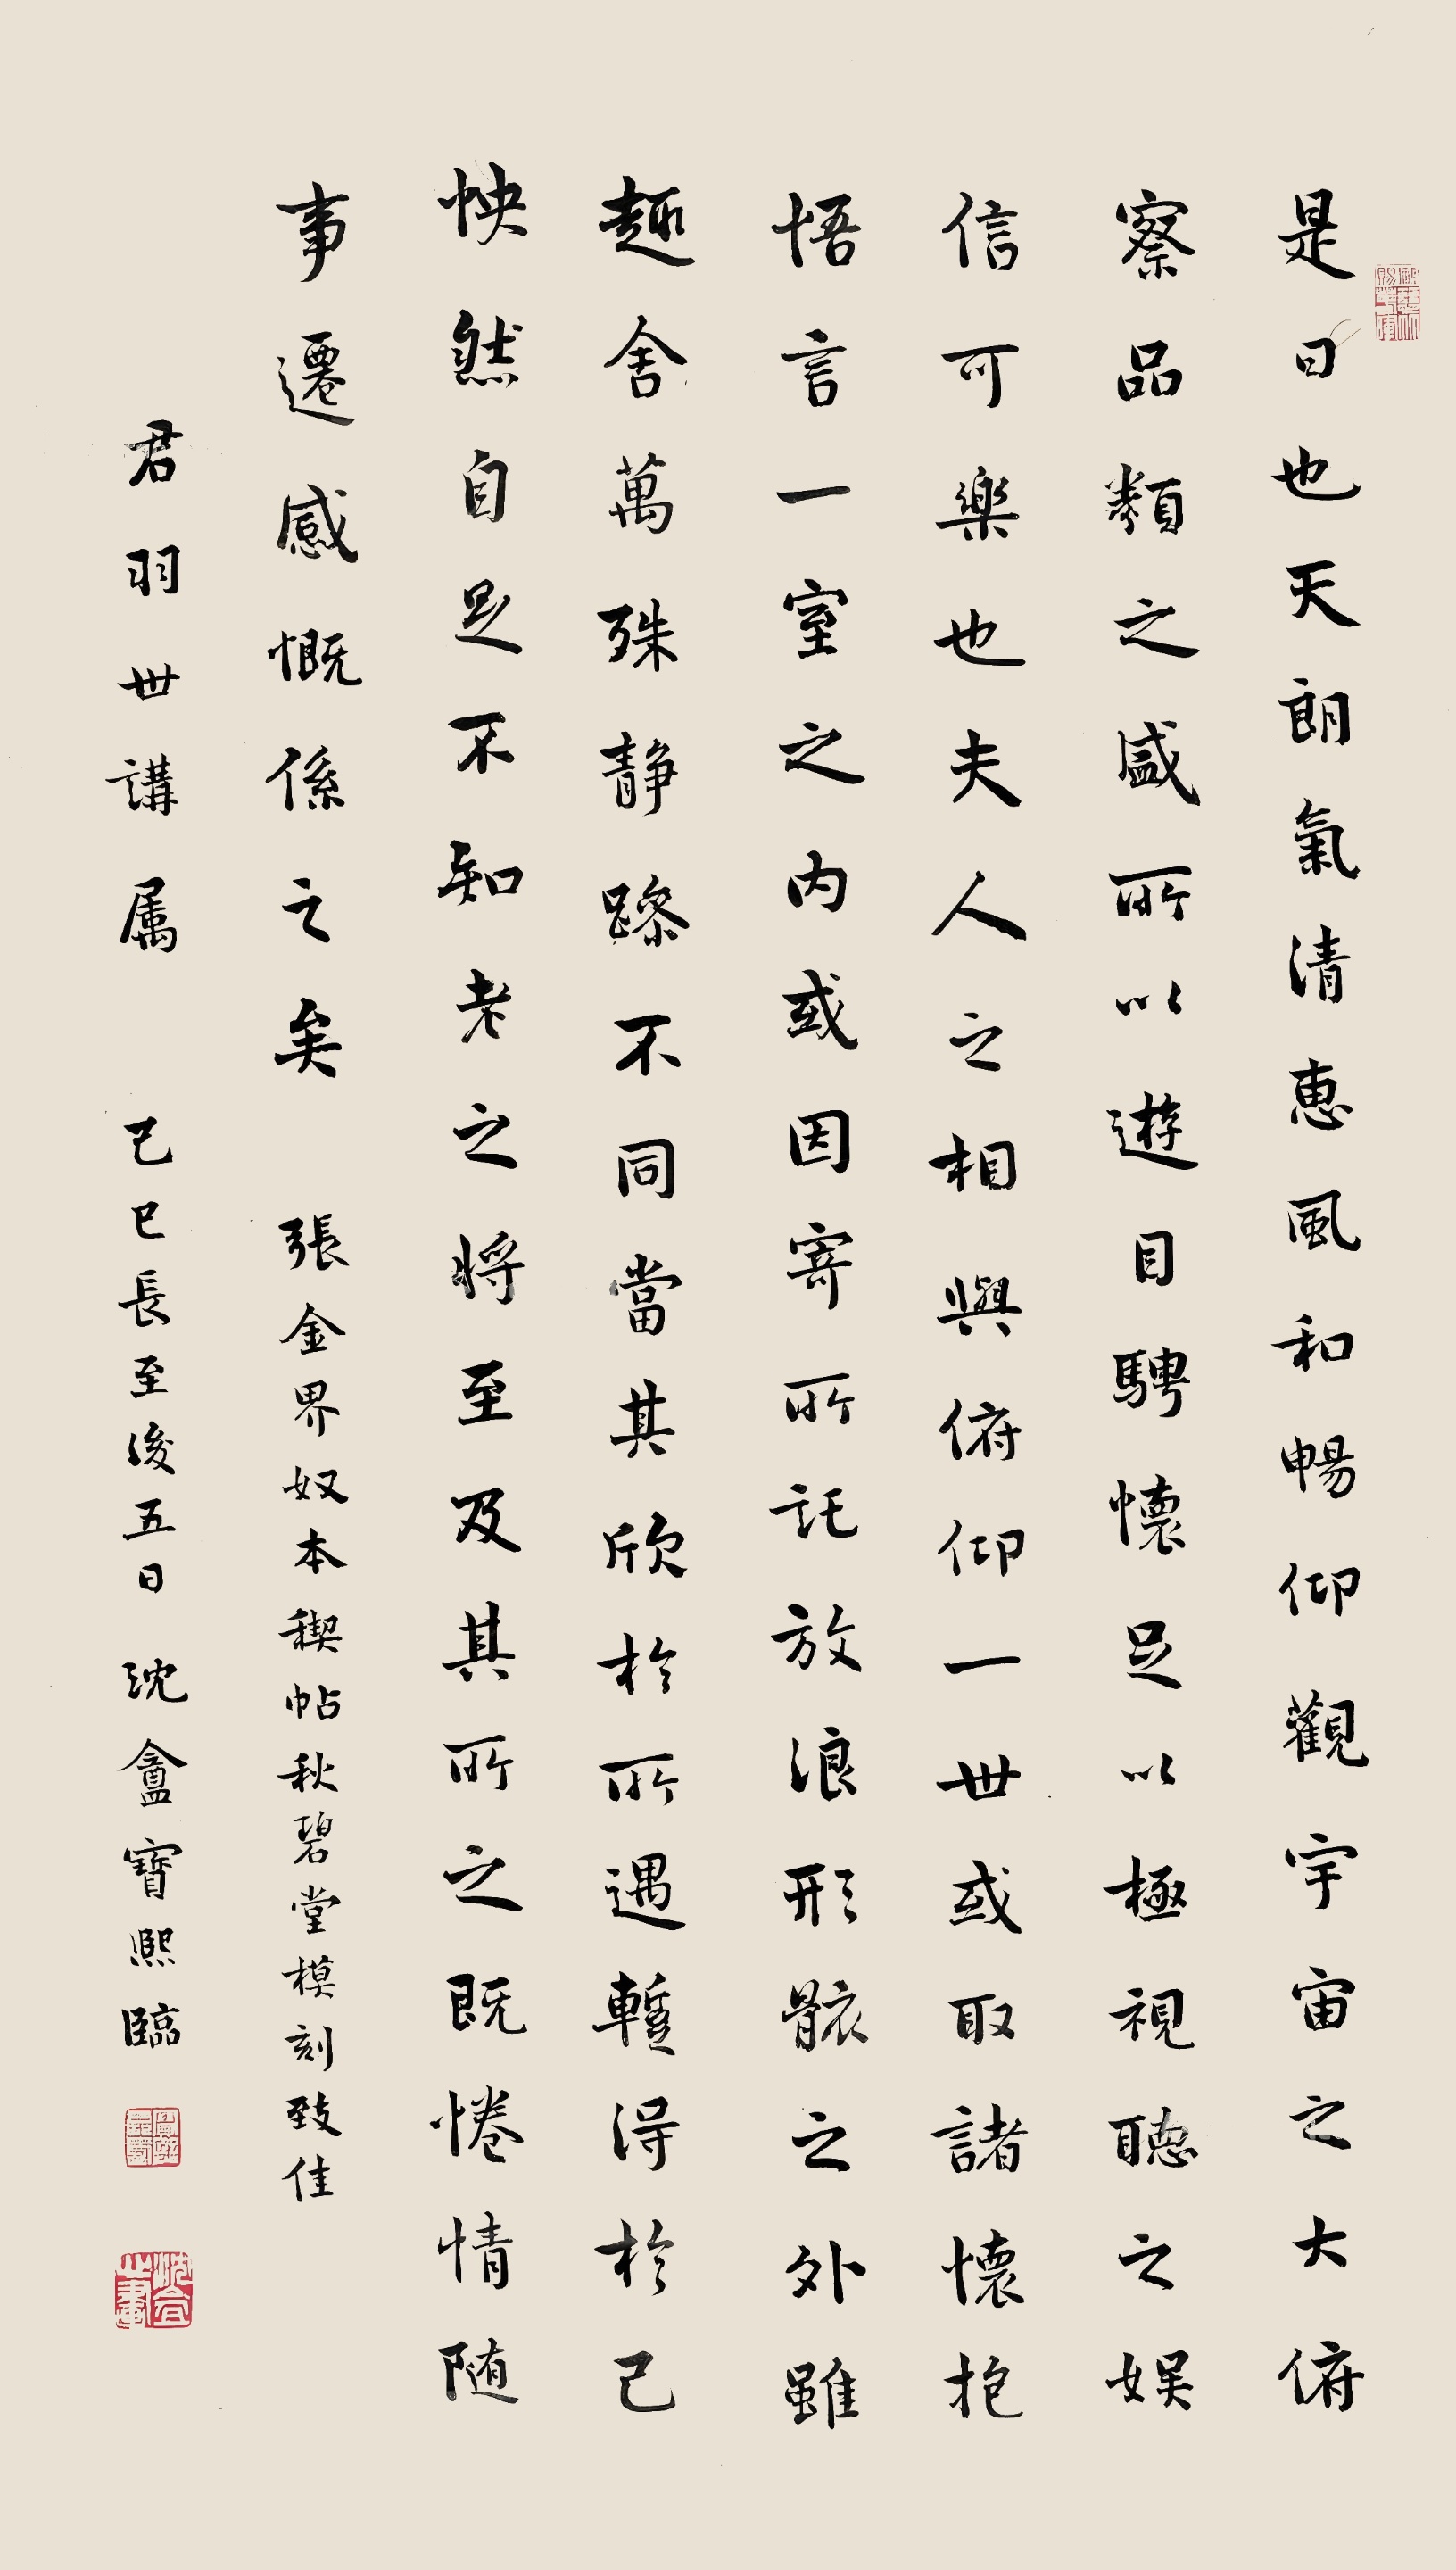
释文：是日也，天朗气清，惠风和畅。仰观宇宙之大，俯察品类之盛，所以游目骋怀，足以极视听之娱，信可乐也。夫人之相与，俯仰一世。或取诸怀抱，悟言一室之内；或因寄所托，放浪形骸之外。虽趣舍万殊，静躁不同，当其欣于所遇，暂得于己，快然自足，不知老之将至；及其所之既倦，情随事迁，感慨系之矣张金界奴本稧帖秋碧堂模刻致佳。君羽世讲属。己巳长至后五日，沈盦宝熙临。